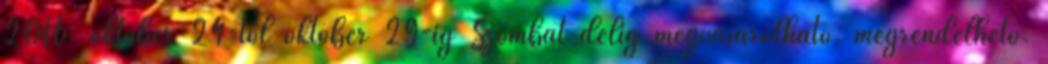
2016. október 24-től október 29-ig Szombat délig megvásárolható, megrendelhető.